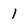
Character: 1